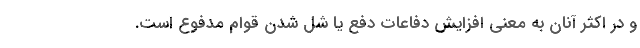
و در اکثر آنان به معنی افزایش دفاعات دفع یا شل شدن قوام مدفوع است.